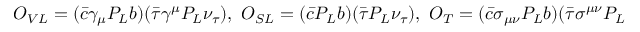
\begin{array} { r } { { \cal O } _ { V L } = ( \bar { c } \gamma _ { \mu } P _ { L } b ) ( \bar { \tau } \gamma ^ { \mu } P _ { L } \nu _ { \tau } ) , ~ { \cal O } _ { S L } = ( \bar { c } P _ { L } b ) ( \bar { \tau } P _ { L } \nu _ { \tau } ) , ~ { \cal O } _ { T } = ( \bar { c } \sigma _ { \mu \nu } P _ { L } b ) ( \bar { \tau } \sigma ^ { \mu \nu } P _ { L } \nu _ { \tau } ) } \end{array}